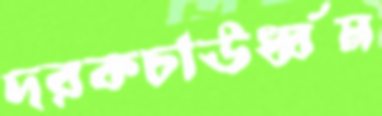
দরকচাঊর্ধ্বম